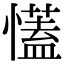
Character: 𢣏